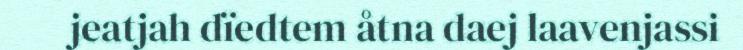
jeatjah dïedtem åtna daej laavenjassi